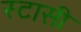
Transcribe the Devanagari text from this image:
स्टासी